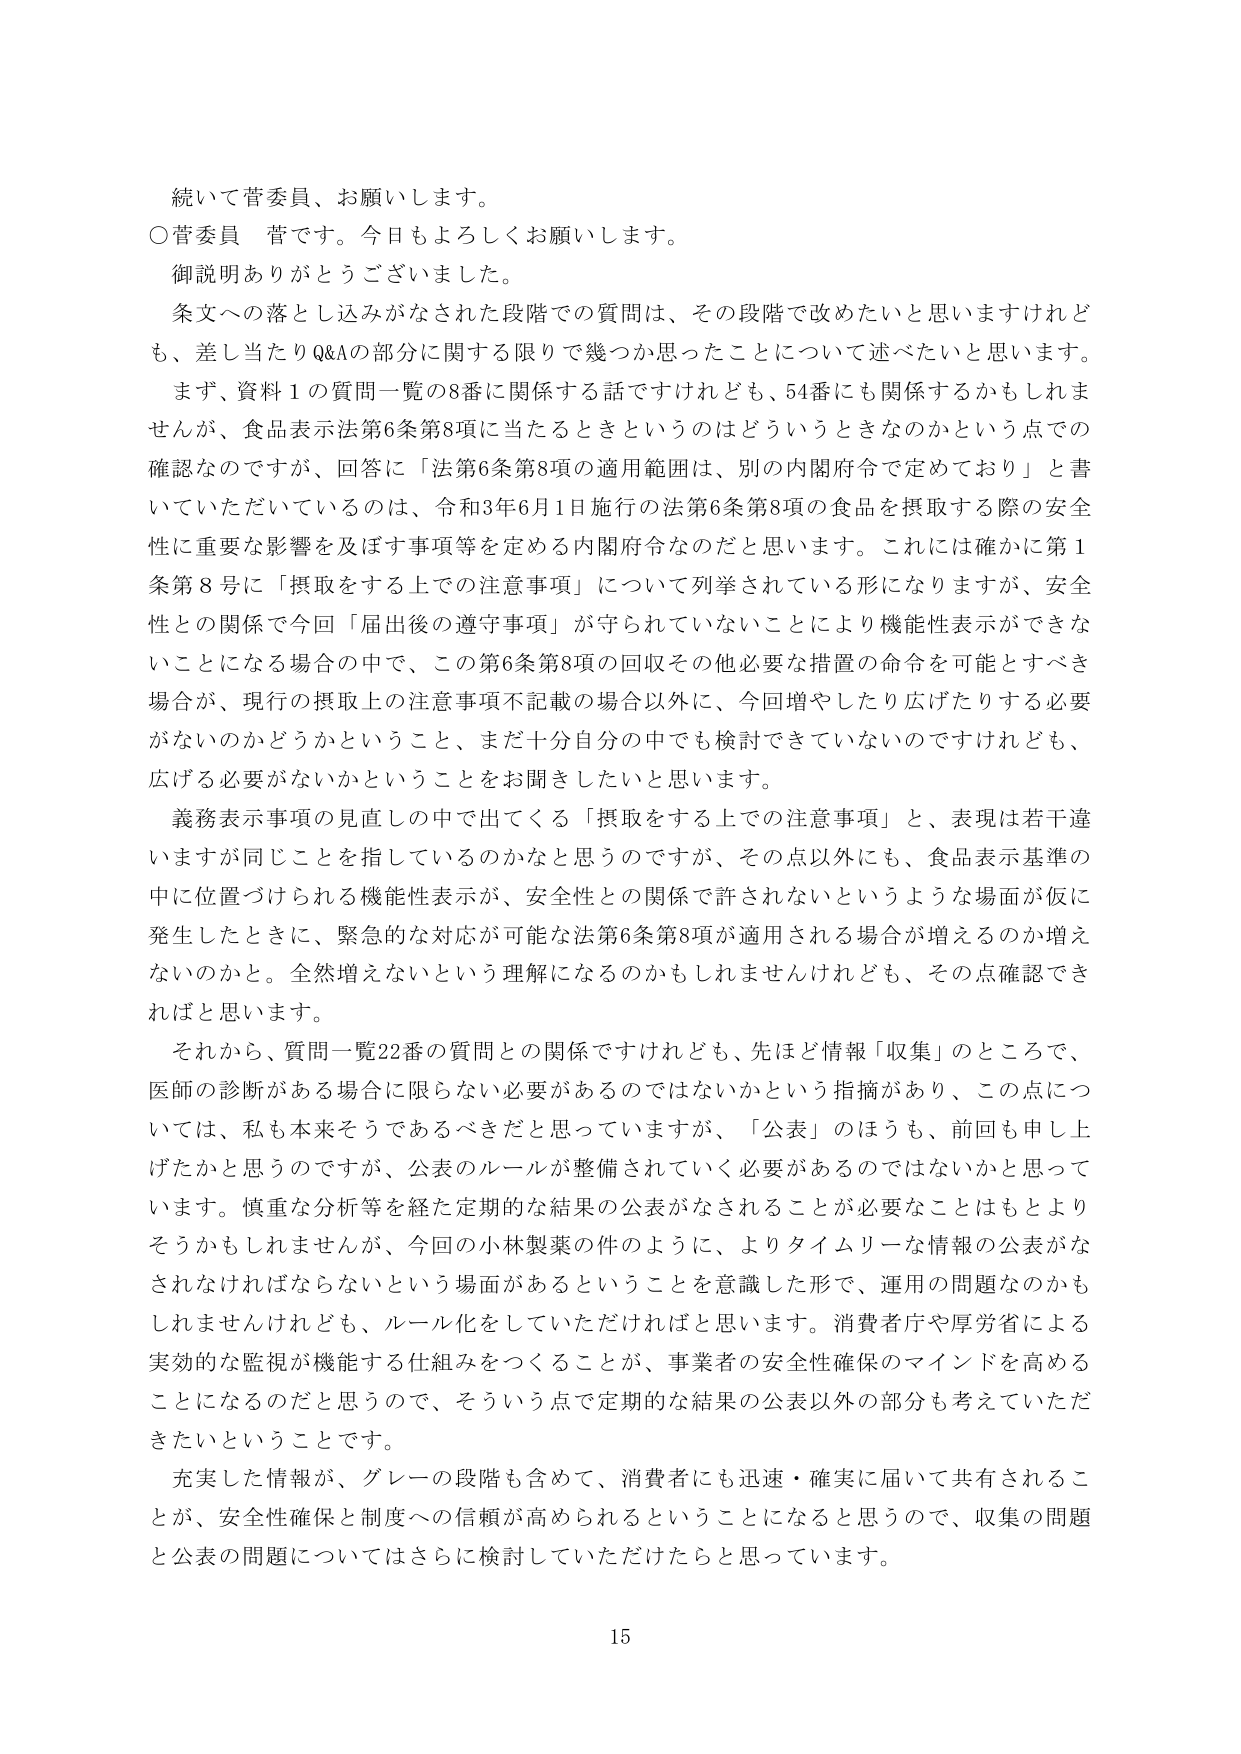
続いて菅委員、お願いします。
○菅委員　菅です。今日もよろしくお願いします。
御説明ありがとうございました。
条文への落とし込みがなされた段階での質問は、その段階で改めたいと思いますけれども、差し当たりQ&Aの部分に関する限りで幾つか思ったことについて述べたいと思います。
まず、資料１の質問一覧の8番に関係する話ですけれども、54番にも関係するかもしれませんが、食品表示法第6条第8項に当たるときというのはどういうときなのかという点での確認なのですが、回答に「法第6条第8項の適用範囲は、別の内閣府令で定めており」と書いていただいているのは、令和3年6月1日施行の法第6条第8項の食品を摂取する際の安全性に重要な影響を及ぼす事項等を定める内閣府令なのだと思います。これには確かに第1条第8号に「摂取をする上での注意事項」について列挙されている形になりますが、安全性との関係で今回「届出後の遵守事項」が守られていないことにより機能性表示ができなくなる場合の中で、この第6条第8項の回収その他必要な措置の命令を可能とすべき場合が、現行の摂取上の注意事項不記載の場合以外に、今回増やしたり広げたりする必要がないのかどうかということ、まだ十分自分の中でも検討できていないのですけれども、広げる必要がないかということをお聞きしたいと思います。
義務表示事項の見直しの中で出てくる「摂取をする上での注意事項」と、表現は若干違いますが同じことを指しているのかなと思うのですが、その点以外にも、食品表示基準の中に位置づけられる機能性表示が、安全性との関係で許されないというような場面が仮に発生したときに、緊急的な対応が可能な法第6条第8項が適用される場合が増えるのか増えないのかと。全然増えないという理解になるのかもしれませんが、その点確認できればと思います。
それから、質問一覧22番の質問との関係ですけれども、先ほど情報「収集」のところで、医師の診断がある場合に限らない必要があるのではないかという指摘があり、この点については、私も本来そうであるべきだと思っていますが、「公表」のほうも、前回も申し上げたかと思うのですが、公表のルールが整備されていく必要があるのではないかと思っています。慎重な分析等を経た定期的な結果の公表がなされることが必要なことはもとよりそうかもしれませんが、今回の小林製薬の件のように、よりタイムリーな情報の公表がなされなければならないという場面があるということを意識した形で、運用の問題なのかもしれませんが、ルール化をしていただければと思います。消費者庁や厚労省による実効的な監視が機能する仕組みをつくることが、事業者の安全性確保のマインドを高めることになるのだと思うので、そういう点で定期的な結果の公表以外の部分も考えていただきたいということです。
充実した情報が、グレーの段階も含めて、消費者にも迅速・確実に届いて共有されることが、安全性確保と制度への信頼が高められることになると思うので、収集の問題と公表の問題についてはさらに検討していただけたらと思っています。

15